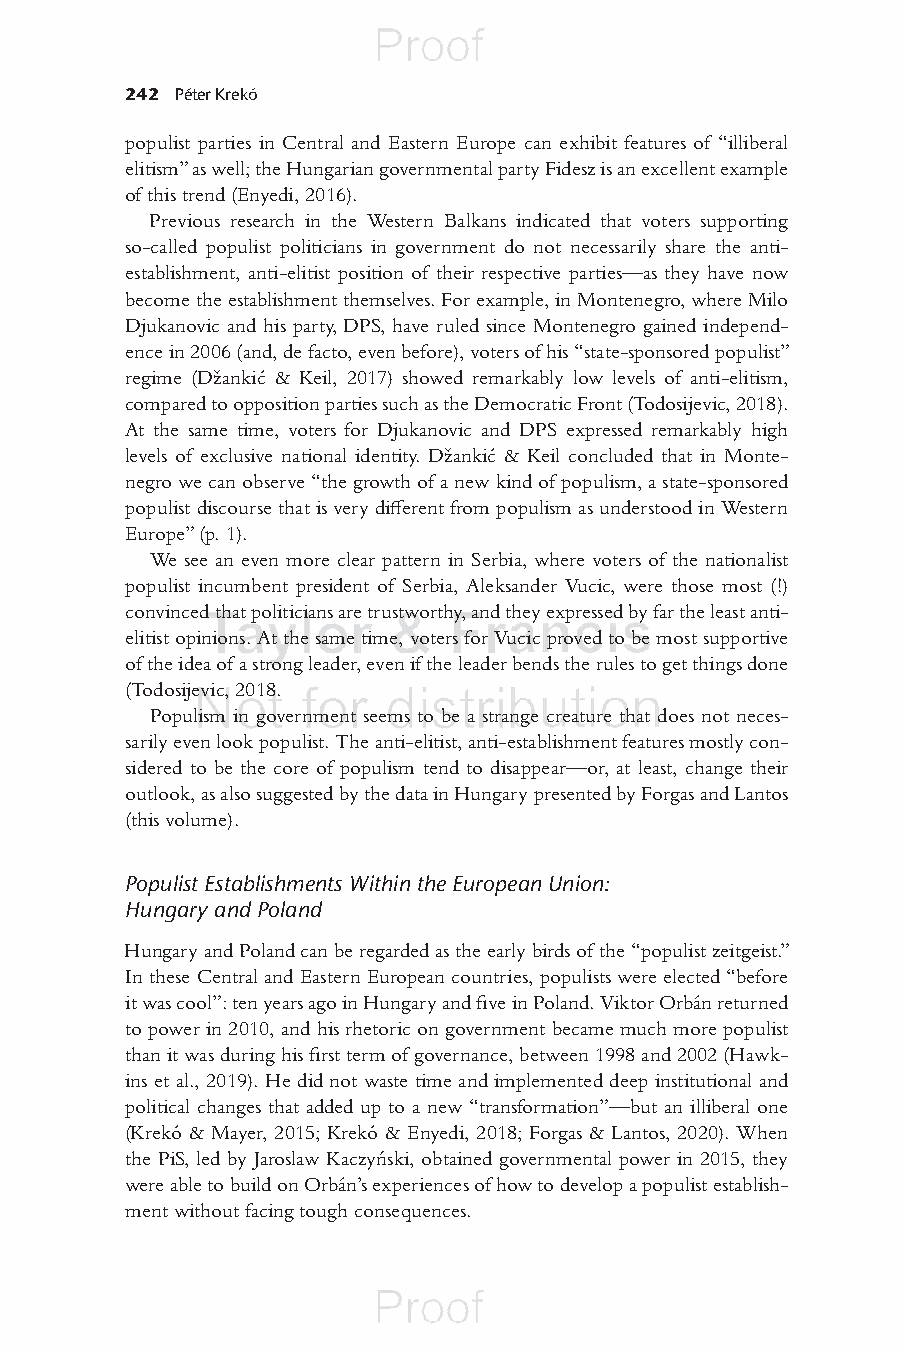
242 Péter Krekó
 populist parties in Central and Eastern Europe can exhibit features of “illiberal
 elitism” as well; the Hungarian governmental party Fidesz is an excellent example
 of this trend (E nyedi, 2016 ).
 Previous research in the Western Balkans indicated that voters supporting
 so-called populist politicians in government do not necessarily share the anti-
 establishment, anti-elitist position of their respective parties—as they have now
 become the establishment themselves. For example, in Montenegro, where Milo
 Djukanovic and his party, DPS, have ruled since Montenegro gained independ-
 ence in 2006 (and, de facto, even before), voters of his “state-sponsored populist”
 regime ( Džankić & Keil, 2017 ) showed remarkably low levels of anti-elitism,
 compared to opposition parties such as the Democratic Front ( Todosijevic, 2018 ).
 At the same time, voters for Djukanovic and DPS expressed remarkably high
 levels of exclusive national identity. Džankić & Keil concluded that in Monte-
 negro we can observe “the growth of a new kind of populism, a state-sponsored
 populist discourse that is very diff erent from populism as understood in Western
 Europe” (p. 1).
 We see an even more clear pattern in Serbia, where voters of the nationalist
 populist incumbent president of Serbia, Aleksander Vucic, were those most (!)
 convinced that politicians are trustworthy, and they expressed by far the least anti-
 elitist opinions. At the same time, voters for Vucic proved to be most supportive
 of the idea of a strong leader, even if the leader bends the rules to get things done
 ( Todosijevic, 2018 .
 Populism in government seems to be a strange creature that does not neces-
 sarily even look populist. The anti-elitist, anti-establishment features mostly con-
 sidered to be the core of populism tend to disappear—or, at least, change their
 outlook, as also suggested by the data in Hungary presented by Forgas and Lantos
 (this volume).
 Populist Establishments Within the European Union:
 Hungary and Poland
 Hungary and Poland can be regarded as the early birds of the “populist zeitgeist.”
 In these Central and Eastern European countries, populists were elected “before
 it was cool”: ten years ago in Hungary and fi ve in Poland. Viktor Orbán returned
 to power in 2010, and his rhetoric on government became much more populist
 than it was during his fi rst term of governance, between 1998 and 2002 (Hawk-
 ins et al., 2019). He did not waste time and implemented deep institutional and
 political changes that added up to a new “transformation”—but an illiberal one
 (Krekó & Mayer, 2015; Krekó & Enyedi, 2018; F orgas & Lantos, 2020 ). When
 the PiS, led by Jaroslaw Kaczyński, obtained governmental power in 2015, they
 were able to build on Orbán’s experiences of how to develop a populist establish-
 ment without facing tough consequences.